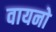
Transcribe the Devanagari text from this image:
वायनो